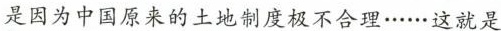
是因为中国原来的土地制度极不合理……这就是